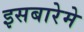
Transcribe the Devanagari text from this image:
इसबारेमे